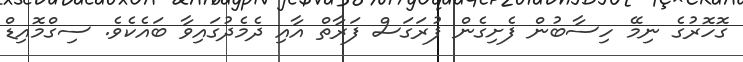
ގޮހޮރުގެ ނިމޭ ހިސާބުން ފެށިގެން ފުރަގަސް ފަރާތް އާއި ދެމެދުގައިވާ ބައެކެވެ. ސިގްމޮއިޑް